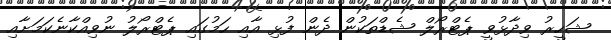
ޝަހީރު ވިދާޅުވީ ޕެޓްރޯލް ޝެޑްތަކުން ދެން ފުޅި އާއި ހަމުގައި ޕެޓްރޯލު ނުވިއްކާނެކަމަށާއި